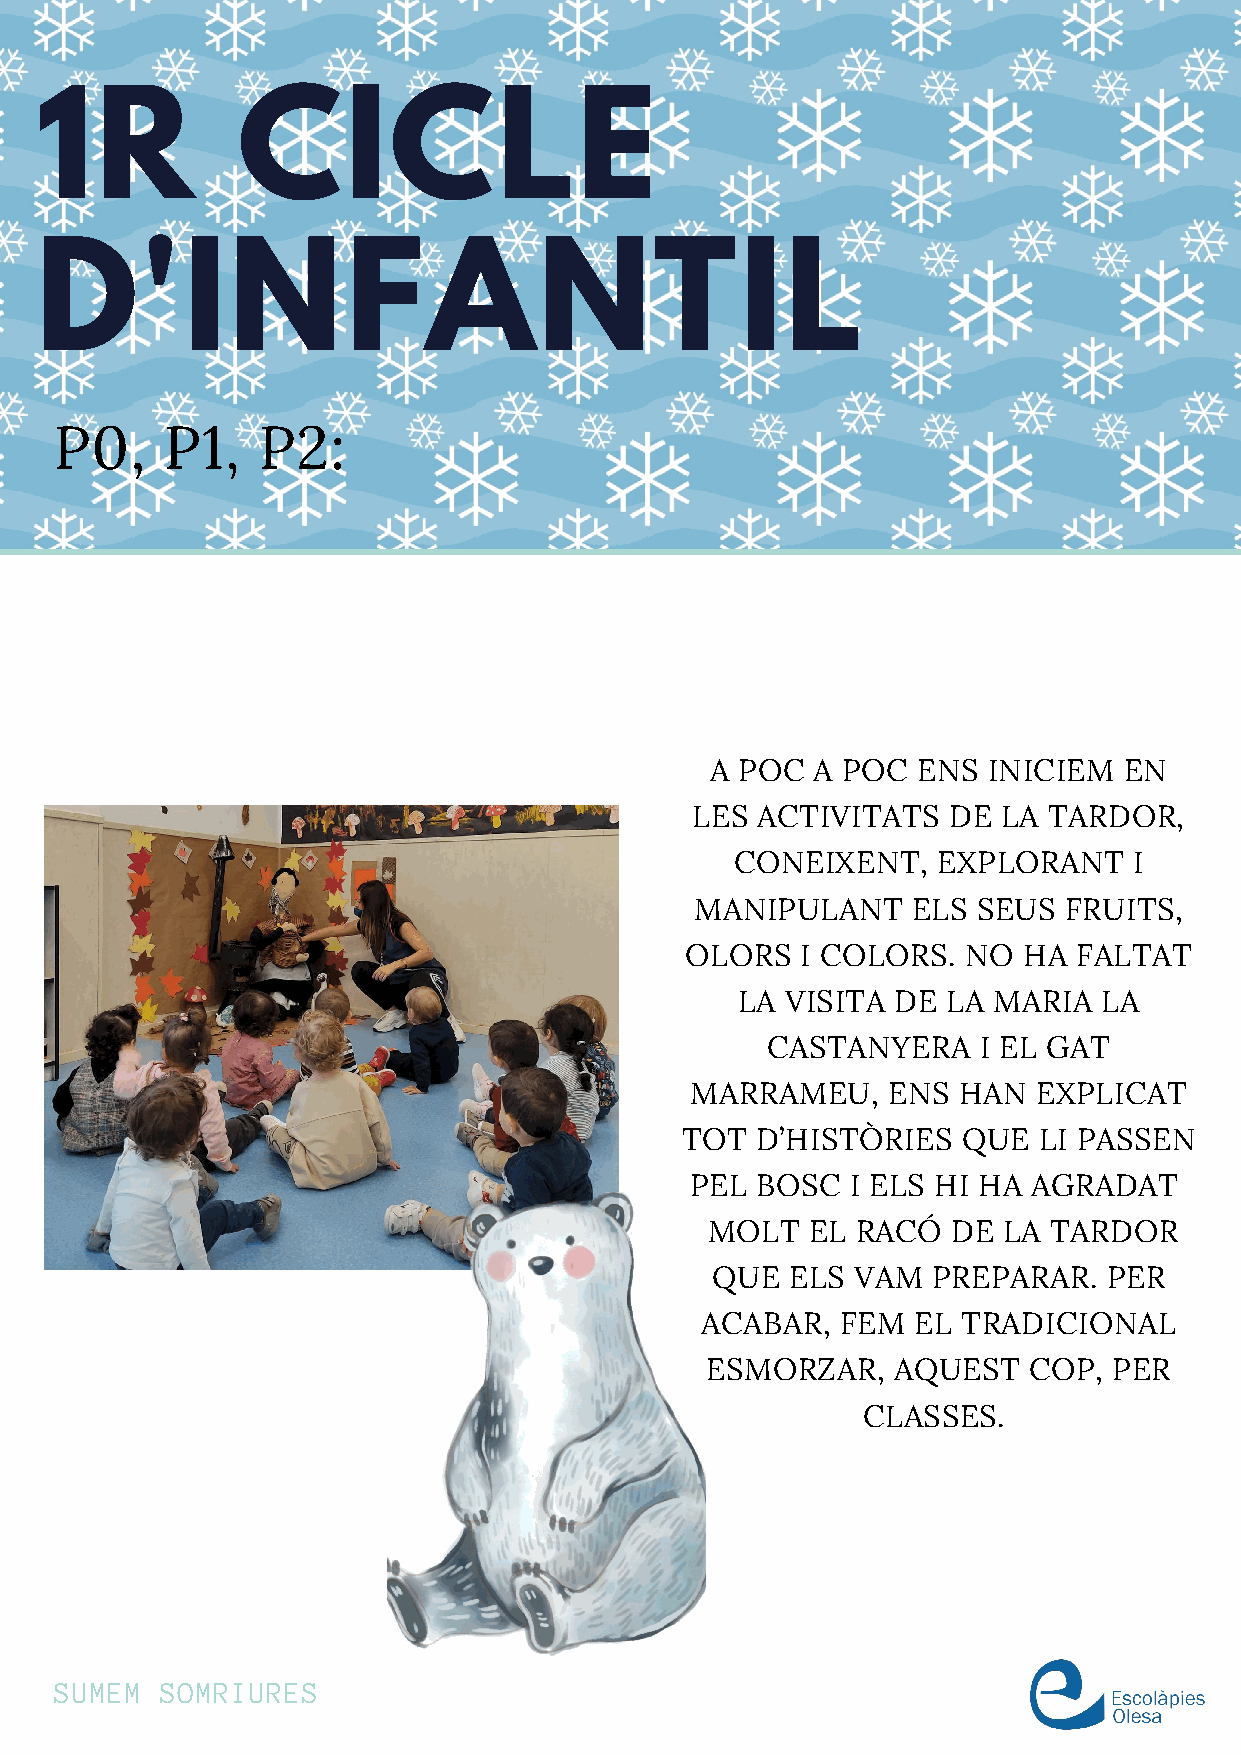
1R            CICLE
 D'INFANTIL
 P0,    P1,   P2:
 A POC  A POC  ENS INICIEM  EN
 LES ACTIVITATS   DE LA TARDOR,
 CONEIXENT,   EXPLORANT    I
 MANIPULANT    ELS  SEUS FRUITS,
 OLORS   I COLORS.  NO  HA FALTAT
 LA VISITA DE  LA MARIA  LA
 CASTANYERA    I EL GAT
 MARRAMEU,    ENS HAN   EXPLICAT
 TOT  D’HISTÒRIES   QUE  LI PASSEN
 PEL BOSC  I ELS HI HA AGRADAT
 MOLT   EL RACÓ  DE LA TARDOR
 QUE  ELS  VAM  PREPARAR.  PER
 ACABAR,   FEM  EL TRADICIONAL
 ESMORZAR,   AQUEST   COP,  PER
 CLASSES.
 SUMEM  SOMRIURES